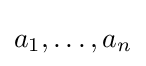
a_{1},\dots ,a_{n}